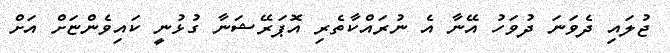
ޖުލައި ދެވަނަ ދުވަހު އޭނާ އެ ނުރައްކާތެރި އޮޕަރޭޝަނާ ގުޅުނީ ކައިވެންޏަށް އަށް